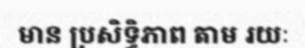
មាន ប្រសិទ្ធិភាព តាម រយៈ